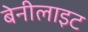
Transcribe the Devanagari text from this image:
बेनीलाइट